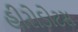
હીરોડોટસ